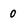
Character: 0